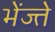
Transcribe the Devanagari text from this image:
भेंज्ते